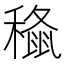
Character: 𮃞